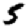
Digit: 5